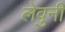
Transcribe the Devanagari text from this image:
लेवुनी